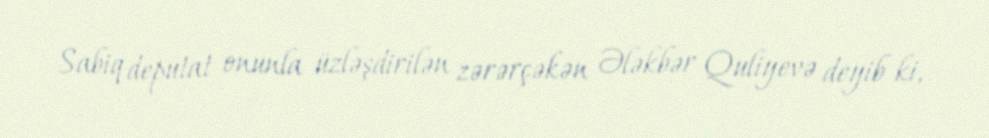
Sabiq deputat onunla üzləşdirilən zərərçəkən Ələkbər Quliyevə deyib ki,